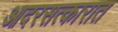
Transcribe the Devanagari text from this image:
आदरसत्कारात